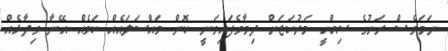
ނަމަވެސް ރަށުގެ ސިއްހީ މަރުކަޒަށް ދިމާވެފައިވަނީ ކޮން މައްސަލައެއް ކަމެއް އޭނާ ވިދާޅެއް